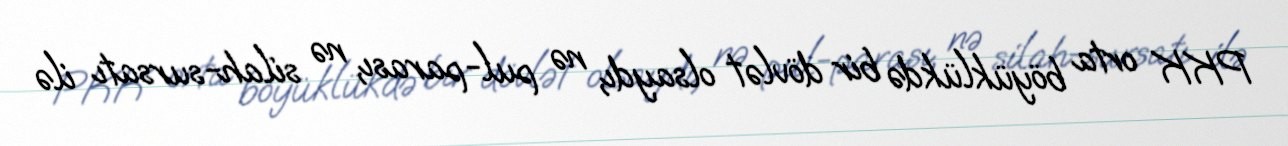
PKK orta böyüklükdə bir dövlət olsaydı, nə pul-parası, nə silah-sursatı ilə